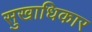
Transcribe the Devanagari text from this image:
सुखाधिकार